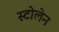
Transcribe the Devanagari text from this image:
स्टोलेन